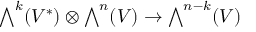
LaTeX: { \textstyle \bigwedge } ^ { k } ( V ^ { * } ) \otimes { \textstyle \bigwedge } ^ { n } ( V ) \to { \textstyle \bigwedge } ^ { n - k } ( V )